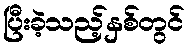
ပြီးခဲ့သည့်နှစ်တွင်